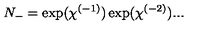
N _ { - } = \exp ( \chi ^ { ( - 1 ) } ) \exp ( \chi ^ { ( - 2 ) } ) . . .